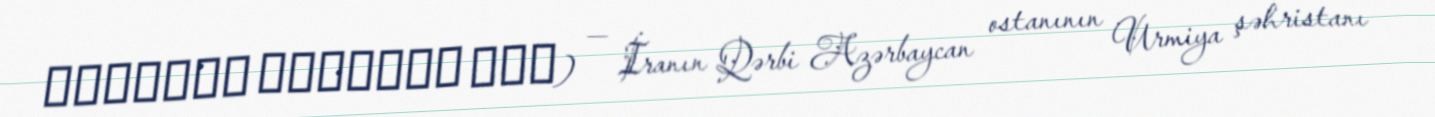
اوصالوي الهوردي خان) — İranın Qərbi Azərbaycan ostanının Urmiya şəhristanı